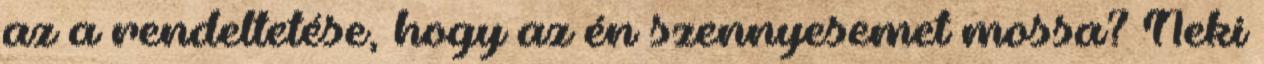
az a rendeltetése, hogy az én szennyesemet mossa? Neki